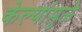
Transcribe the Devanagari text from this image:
केल्यांमुळे